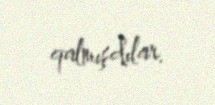
qalmışdılar.